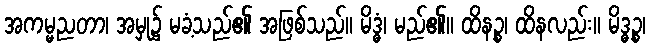
အကမ္မညတာ၊ အမှု၌ မခံ့သည်၏ အဖြစ်သည်။ မိဒ္ဓံ၊ မည်၏။ ထိနဉ္စ၊ ထိနလည်း။ မိဒ္ဓဉ္စ၊